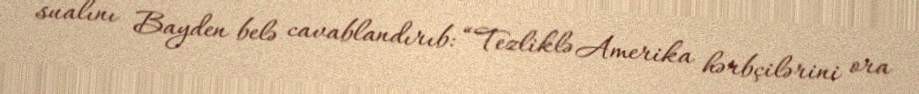
sualını Bayden belə cavablandırıb: “Tezliklə Amerika hərbçilərini ora